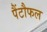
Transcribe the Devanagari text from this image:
पैंटौफल